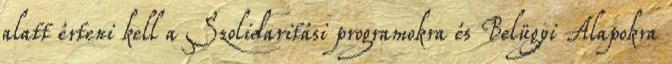
alatt érteni kell a Szolidaritási programokra és Belügyi Alapokra